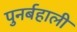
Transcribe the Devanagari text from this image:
पुनर्बहाली